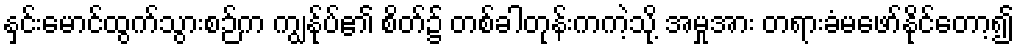
နှင်းမောင်ထွက်သွားစဉ်က ကျွန်ုပ်၏ စိတ်၌ တစ်ခါတုန်းကကဲ့သို့ အမှုအား တရားခံမဖော်နိုင်တော့၍